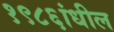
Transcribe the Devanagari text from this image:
१९८६ांधील